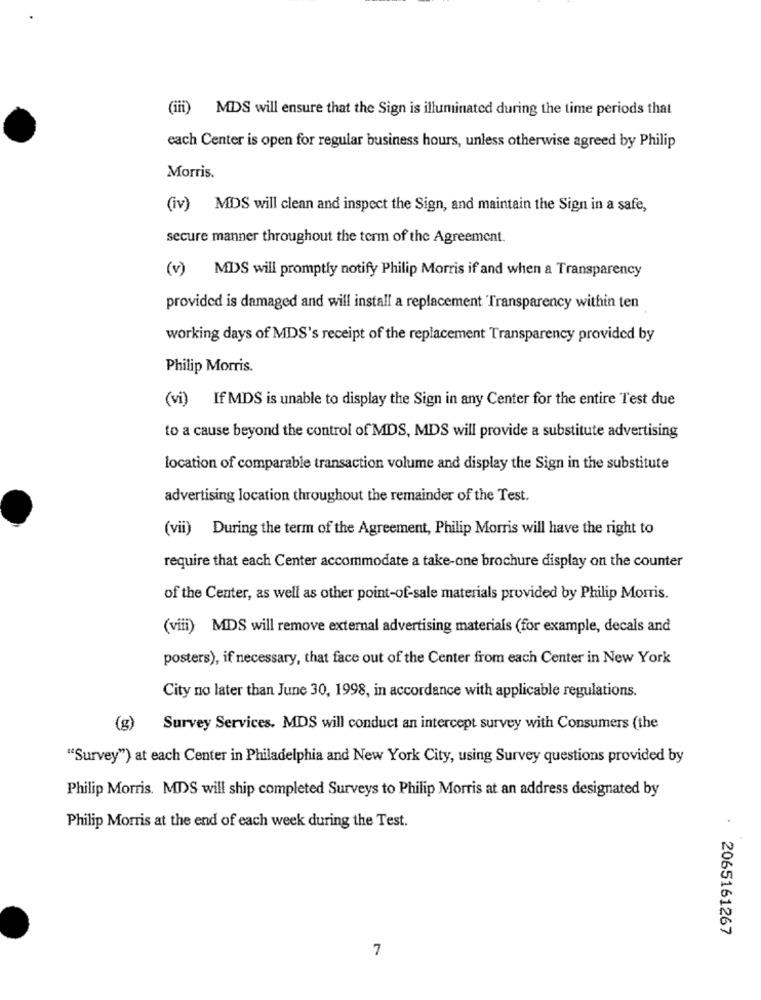
(iii) MDS will ensure that the Sign is illuminated during the time periods that
each Center is open for regular business hours, unless otherwise agreed by Philip
Morris.
(iv) MDS will clean and inspect the Sign, and maintain the Sign in a safe,
secure manner throughout the term of the Agreement.
(v) MDS will promptly notify Philip Morris if and when a Transparency
provided is damaged and will install a replacement Transparency within ten
working days of MDS's receipt of the replacement Transparency provided by
Philip Morris.
(vi) If MDS is unable to display the Sign in any Center for the entire Test due
to a cause beyond the control of MDS, MDS will provide a substitute advertising
location of comparable transaction volume and display the Sign in the substitute
advertising location throughout the remainder of the Test.
(vii) During the term of the Agreement, Philip Morris will have the right to
require that each Center accommodate a take-one brochure display on the counter
of the Center, as well as other point-of-sale materials provided by Philip Morris.
(viii) MDS will remove external advertising materials (for example, decals and
posters), if necessary, that face out of the Center from each Center in New York
City no later than June 30, 1998, in accordance with applicable regulations.
(g)
Survey Services. MDS will conduct an intercept survey with Consumers (the
"Survey") at each Center in Philadelphia and New York City, using Survey questions provided by
Philip Morris. MDS will ship completed Surveys to Philip Morris at an address designated by
Philip Morris at the end of each week during the Test.
. 2065161267
7